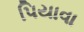
પિયાવા